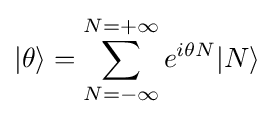
|\theta \rangle =\sum _{N=-\infty }^{N=+\infty }e^{i\theta N}|N\rangle